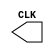

module CLOCK(CLK);
output reg CLK ;




initial begin  
CLK = 0 ;

end
always begin 
#1
CLK = ~CLK ;
end




endmodule